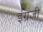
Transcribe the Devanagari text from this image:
इंंग्रजी